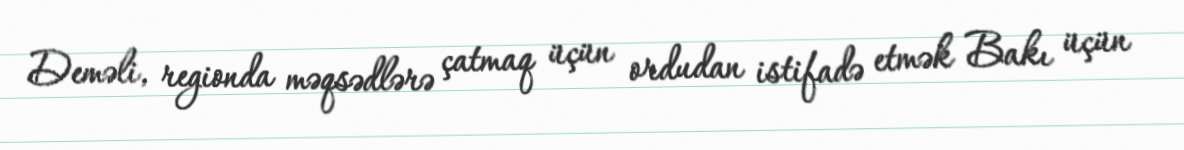
Deməli, regionda məqsədlərə çatmaq üçün ordudan istifadə etmək Bakı üçün